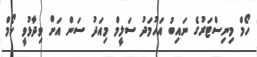
ހޯމް މިނިސްޓަރުގެ ނައިބު އަހުމަދު ސަލީމް މިއަދު ސަން އަށް ވިދާޅުވީ ހޯމް